Indian journal of veterinary science and animal husbandry - Volume 14,
Year: 1944
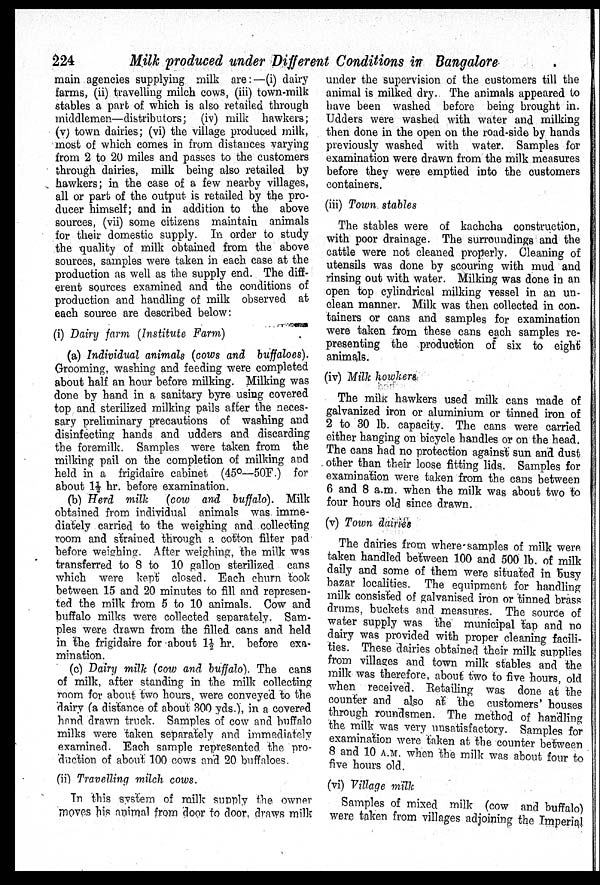
224
Milk produced under Different Conditions in Bangalore
main agencies supplying milk are:—(i) dairy
farms, (ii) travelling milch cows, (iii) town-milk
stables a part of which is also retailed through
middlemen—distributors; (iv) milk hawkers;
(v) town dairies; (vi) the village produced milk,
most of which comes in from distances varying
from 2 to 20 miles and passes to the customers
through dairies, milk being also retailed by
hawkers; in the case of a few nearby villages,
all or part of the output is retailed by the pro-
ducer himself; and in addition to the above
sources, (vii) some citizens maintain animals
for their domestic supply. In order to study
the quality of milk obtained from the above
sources, samples were taken in each case at the
production as well as the supply end. The diff-
erent sources examined and the conditions of
production and handling of milk observed at
each source are described below:
(i) Dairy farm (Institute Farm)
(a) Individual animals (cows and buffaloes).
Grooming, washing and feeding were completed
about half an hour before milking. Milking was
done by hand in a sanitary byre using covered
top and sterilized milking pails after the neces-
sary preliminary precautions of washing and
disinfecting hands and udders and discarding
the foremilk. Samples were taken from the
milking pail on the completion of milking and
held in a frigidaire cabinet (45°—50F.) for
about 1½ hr. before examination.
(b) Herd milk (cow and buffalo). Milk
obtained from individual animals was imme-
diately carried to the weighing and collecting
room and strained through a cotton filter pad
before weighing. After weighing, the milk was
transferred to 8 to 10 gallon sterilized cans
which were kept closed. Each churn took
between 15 and 20 minutes to fill and represen-
ted the milk from 5 to 10 animals. Cow and
buffalo milks were collected separately. Sam-
ples were drawn from the filled cans and held
in the frigidaire for about 1½ hr. before exa-
mination.
(c) Dairy milk (cow and buffalo). The cans
of milk, after standing in the milk collecting
room for about two hours, were conveyed to the
dairy (a distance of about 300 yds.), in a covered
hand drawn truck. Samples of cow and buffalo
milks were taken separately and immediately
examined. Each sample represented the pro-
duction of about 100 cows and 20 buffaloes.
(ii) Travelling milch cows.
In this system of milk supply the owner
moves his animal from door to door, draws milk
under the supervision of the customers till the
animal is milked dry. The animals appeared to
have been washed before being brought in.
Udders were washed with water and milking
then done in the open on the road-side by hands
previously washed with water. Samples for
examination were drawn from the milk measures
before they were emptied into the customers
containers.
(iii) Town stables
The stables were of kachcha construction,
with poor drainage. The surroundings and the
cattle were not cleaned properly. Cleaning of
utensils was done by scouring with mud and
rinsing out with water. Milking was done in an
open top cylindrical milking vessel in an un-
clean manner. Milk was then collected in con-
tainers or cans and samples for examination
were taken from these cans each samples re-
presenting the production of six to eight
animals.
(iv) Milk howkers
The milk hawkers used milk cans made of
galvanized iron or aluminium or tinned iron of
2 to 30 lb. capacity. The cans were carried
either hanging on bicycle handles or on the head.
The cans had no protection against sun and dust
other than their loose fitting lids. Samples for
examination were taken from the cans between
6 and 8 a.m. when the milk was about two to
four hours old since drawn.
(v) Town dairies
The dairies from where samples of milk were
taken handled between 100 and 500 lb. of milk
daily and some of them were situated in busy
bazar localities. The equipment for handling
milk consisted of galvanised iron or tinned brass
drums, buckets and measures. The source of
water supply was the municipal tap and no
dairy was provided with proper cleaning facili-
ties. These dairies obtained their milk supplies
from villages and town milk stables and the
milk was therefore, about two to five hours, old
when received. Retailing was done at the
counter and also at the customers' houses
through roundsmen. The method of handling
the milk was very unsatisfactory. Samples for
examination were taken at the counter between
8 and 10 A.M. when the milk was about four to
five hours old.
(vi) Village milk
Samples of mixed milk (cow and buffalo)
were taken from villages adjoining the Imperial